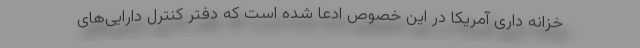
خزانه داری آمریکا در این خصوص ادعا شده است که دفتر کنترل دارایی‌های